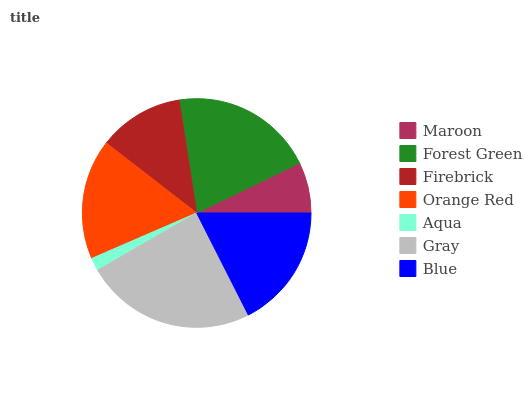
| Maroon | Forest Green | Firebrick | Orange Red | Aqua | Gray | Blue |
 | --- | --- | --- | --- | --- | --- | --- |
 | 7.19% | 20.2% | 12% | 17% | 1.83% | 24.2% | 17.5% |